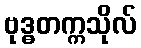
ဗုဒ္ဓတက္ကသိုလ်